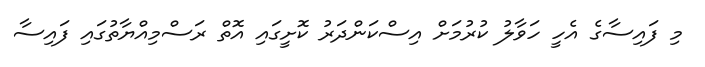
މި ފައިސާގެ އެހީ ހަވާލު ކުރުމަށް އިސްކަންދަރު ކޮށީގައި އޮތް ރަސްމިއްޔާތުގައި ފައިސާ